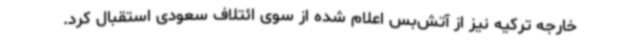
خارجه ترکیه نیز از آتش‌بس اعلام شده از سوی ائتلاف سعودی استقبال کرد.